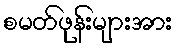
စမတ်ဖုန်းများအား